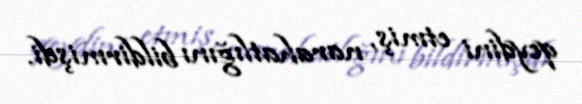
qeydini etmiş, narahatlığını bildirmişdi.